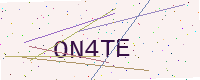
Text: ON4TE